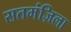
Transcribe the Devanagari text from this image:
सतमंज़िला